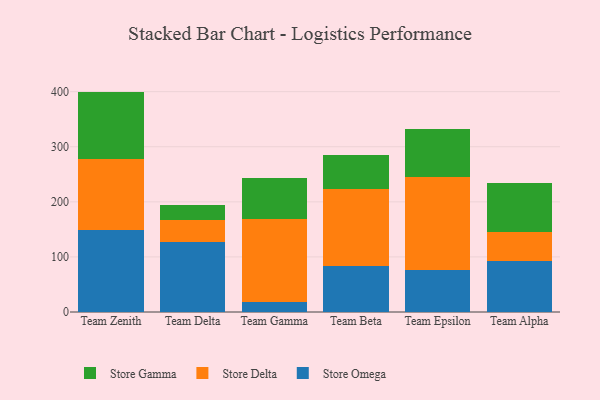
{"axis": {"x": "Team", "y": "Gross Profit (USD K)"}, "legend": ["Store Delta", "Store Gamma", "Store Omega"], "data": [{"x": "Team Zenith", "y": 148.8, "type": "Store Omega"}, {"x": "Team Zenith", "y": 128.3, "type": "Store Delta"}, {"x": "Team Zenith", "y": 123.0, "type": "Store Gamma"}, {"x": "Team Delta", "y": 127.2, "type": "Store Omega"}, {"x": "Team Delta", "y": 39.2, "type": "Store Delta"}, {"x": "Team Delta", "y": 28.3, "type": "Store Gamma"}, {"x": "Team Gamma", "y": 18.4, "type": "Store Omega"}, {"x": "Team Gamma", "y": 151.1, "type": "Store Delta"}, {"x": "Team Gamma", "y": 73.5, "type": "Store Gamma"}, {"x": "Team Beta", "y": 83.0, "type": "Store Omega"}, {"x": "Team Beta", "y": 141.1, "type": "Store Delta"}, {"x": "Team Beta", "y": 61.8, "type": "Store Gamma"}, {"x": "Team Epsilon", "y": 77.0, "type": "Store Omega"}, {"x": "Team Epsilon", "y": 167.7, "type": "Store Delta"}, {"x": "Team Epsilon", "y": 87.8, "type": "Store Gamma"}, {"x": "Team Alpha", "y": 93.4, "type": "Store Omega"}, {"x": "Team Alpha", "y": 52.1, "type": "Store Delta"}, {"x": "Team Alpha", "y": 89.2, "type": "Store Gamma"}]}